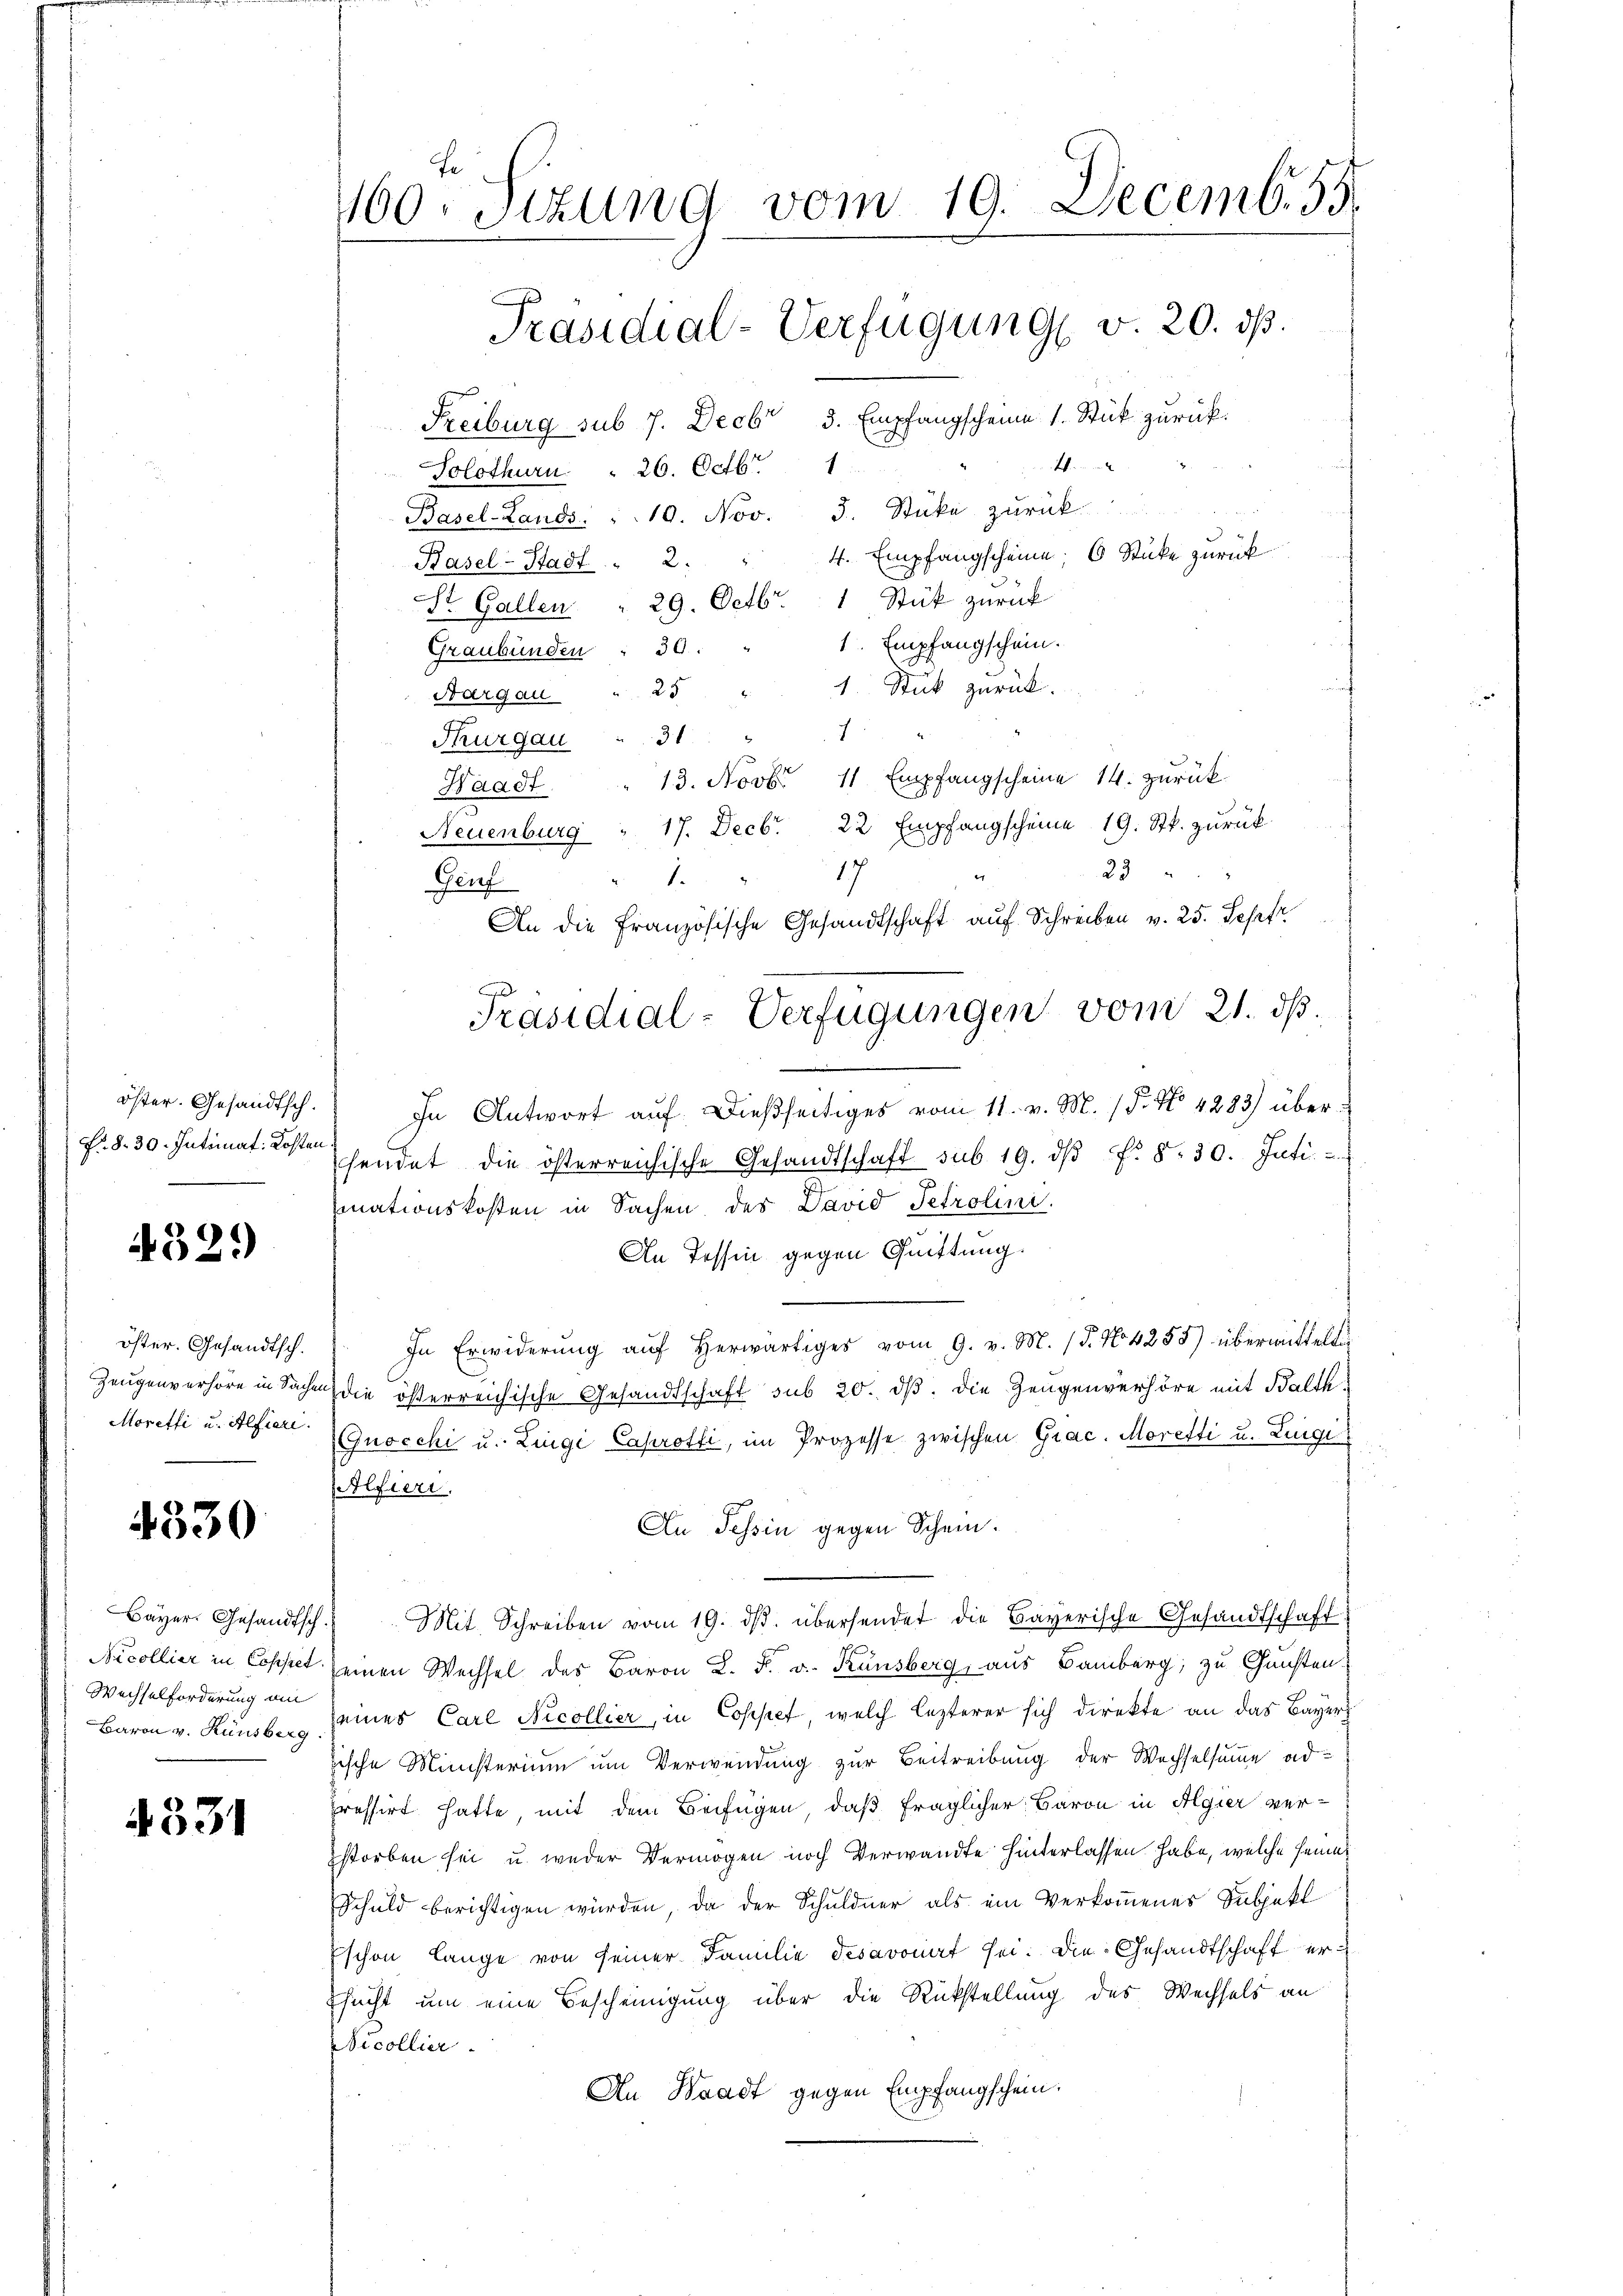
öster. Gesandtsch.
Fr. 8. 30. Intimat: Kosten

432.)

öster. Gesandtsch.
Zeugenverhöre in Sachen
Moretti u. Alfieri

4330

Bayer. Gesandtsch
Nicollier in Copstet
Wechselforderung am
Baron v. Künsberg

4331

f
160. Sizung vom 19. Decemb. 55.
Präsidial-Verfügung v. 20. ds.
Freiburg sub 7. Decbr 3. Empfangscheine 1. Stück zurück.

Solothurn " 26. Octbr. 1
Basel-Lands. " 10. Nov. 3. Stüke zurück
4. Empfangscheine 6 Stücke zurück
Basel-Stadt.  2.

St. Gallen " 29. Octbr. 1 Stük zurück
1. Empfangschein.
Graubünden : 30. "
1 Stück zurück.
Aargau " 25
f
Thurgau " 31
Waadt
Neuenburg " 17. Decbr. 22 Empfangscheine 19. Stk. zurück-
23
e
17
F
Geuf
An die Französische Gesandtschaft auf Schreiben v. 25. Sept
In Antwort auf dießseitiges vom 11. v. M. (§. No. 4283) überhendet die österreichische Gesandtschaft sub 19. dβ fr. 8. 30. Juti.
mationskosten in Sachen des David Petrolini.
An Tessin gegen Quittung.
In Erwiderŭng aŭf herwärtiges vom 9. v. M. (T. No. 4255) übermittelten
die österreichische Gesandtschaft sub 20. dβ. die Zeugenverhöre mit Balth¬
Gnocchi u. Linge Caprofli, im Prozesse zwischen Grac. Moretti u. Lingi
Alfieri
An Tessin gegen Schein¬
Mit Schreiben vom 19. dβ übersendet die Bayerische Gesandtschaft
seinen Wechsel des Baron L. F. v. Kunsberg, aus Bamberg, zu Gunsten
seines Carl Necollier, in Coppet, welch lezterer sich direkte an das Bayer
sische Ministerium um Verwendung zur Beitreibung der Wechselsumme adpressirt hatte, mit dem Beifügen, daß fraglicher Baron in Algier verstorben sei u. weder Vermögen noch Verwandte hinterlassen habe, welche seine
Schuld berichtigen würden, da der Schuldner als ein Verkommenes Subjekt
schon lange von seiner Familie desavonat sei. Die Gesandtschaft er¬
Esucht um eine Bescheinigung über die Rückstellung des Wechsels an
Nicollier
An Waadt gegen Empfangschein.

Präsidial-Verfügungen vom 21. ds.

13. Novbr. 11 Empfangscheine 14. zurück